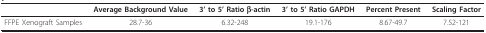
<table><thead><tr><td></td><td><b>Average Background Value</b></td><td><b>3&#x27; to 5&#x27; Ratio β-actin</b></td><td><b>3&#x27; to 5&#x27; Ratio GAPDH</b></td><td><b>Percent Present</b></td><td><b>Scaling Factor</b></td></tr></thead><tbody><tr><td>FFPE Xenograft Samples</td><td>28.7-36</td><td>6.32-248</td><td>19.1-176</td><td>8.67-49.7</td><td>7.52-121</td></tr></tbody></table>